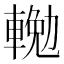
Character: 𨍠